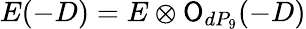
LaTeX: E(-D)=E\otimes{\cal\mathsf{O}}_{dP_{9}}(-D)